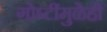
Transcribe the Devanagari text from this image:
गोष्टींमुळेही